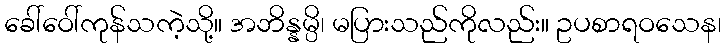
ခေါ်ဝေါ်ကုန်သကဲ့သို့။ အဘိန္နမ္ပိ၊ မပြားသည်ကိုလည်း။ ဥပစာရဝသေန၊